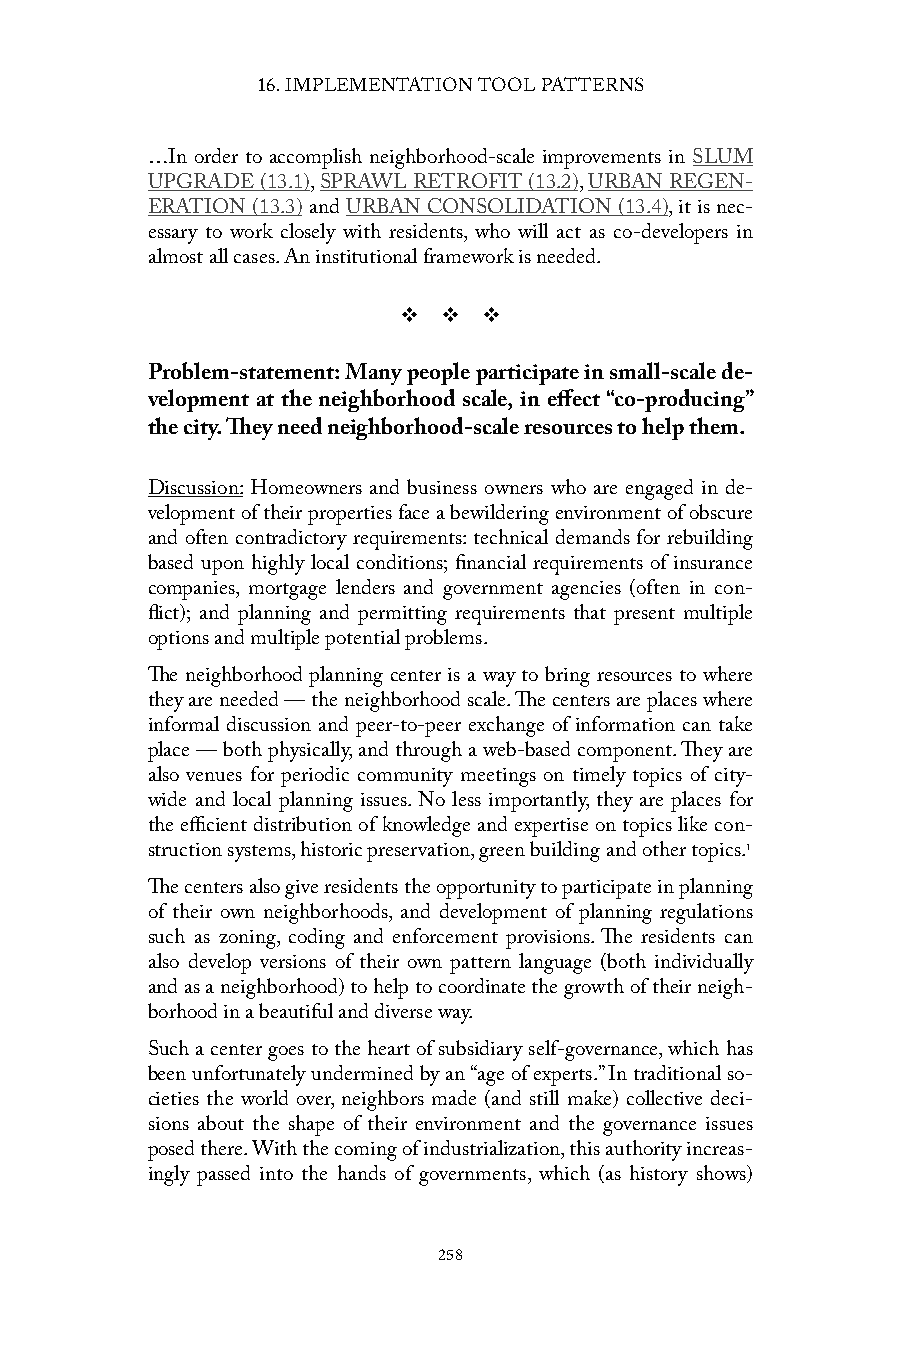
16. IMPLEMENTATION TOOL PATTERNS
 …In order to accomplish neighborhood-scale improvements in SLUM
 UPGRADE (13.1), SPRAWL RETROFIT (13.2), URBAN REGEN-
 ERATION (13.3) and URBAN CONSOLIDATION (13.4), it is nec-
 essary to work closely with residents, who will act as co-developers in
 almost all cases. An institutional framework is needed.
 v  v  v
 Problem-statement: Many people participate in small-scale de-
 velopment at the neighborhood scale, in effect “co-producing”
 the city. They need neighborhood-scale resources to help them.
 Discussion: Homeowners and business owners who are engaged in de-
 velopment of their properties face a bewildering environment of obscure
 and often contradictory requirements: technical demands for rebuilding
 based upon highly local conditions; financial requirements of insurance
 companies, mortgage lenders and government agencies (often in con-
 flict); and planning and permitting requirements that present multiple
 options and multiple potential problems.
 The neighborhood planning center is a way to bring resources to where
 they are needed — the neighborhood scale. The centers are places where
 informal discussion and peer-to-peer exchange of information can take
 place — both physically, and through a web-based component. They are
 also venues for periodic community meetings on timely topics of city-
 wide and local planning issues. No less importantly, they are places for
 the efficient distribution of knowledge and expertise on topics like con-
 struction systems, historic preservation, green building and other topics.1
 The centers also give residents the opportunity to participate in planning
 of their own neighborhoods, and development of planning regulations
 such as zoning, coding and enforcement provisions. The residents can
 also develop versions of their own pattern language (both individually
 and as a neighborhood) to help to coordinate the growth of their neigh-
 borhood in a beautiful and diverse way.
 Such a center goes to the heart of subsidiary self-governance, which has
 been unfortunately undermined by an “age of experts.” In traditional so-
 cieties the world over, neighbors made (and still make) collective deci-
 sions about the shape of their environment and the governance issues
 posed there. With the coming of industrialization, this authority increas-
 ingly passed into the hands of governments, which (as history shows)
 258